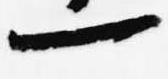
一